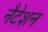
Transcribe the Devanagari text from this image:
नैटेशन